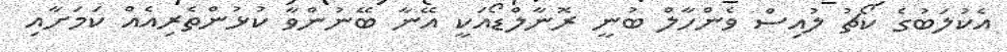
އެކުލަބުގެ ކޯޗު ލުއިސް ވެންހާލް ބުނީ ރޮނާލްޑޯއަކީ އޭނާ ބޭނުންވާ ކުޅުންތެރިއެއް ކަމަށާއި